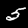
Digit: 5